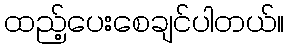
ထည့်ပေးစေချင်ပါတယ်။